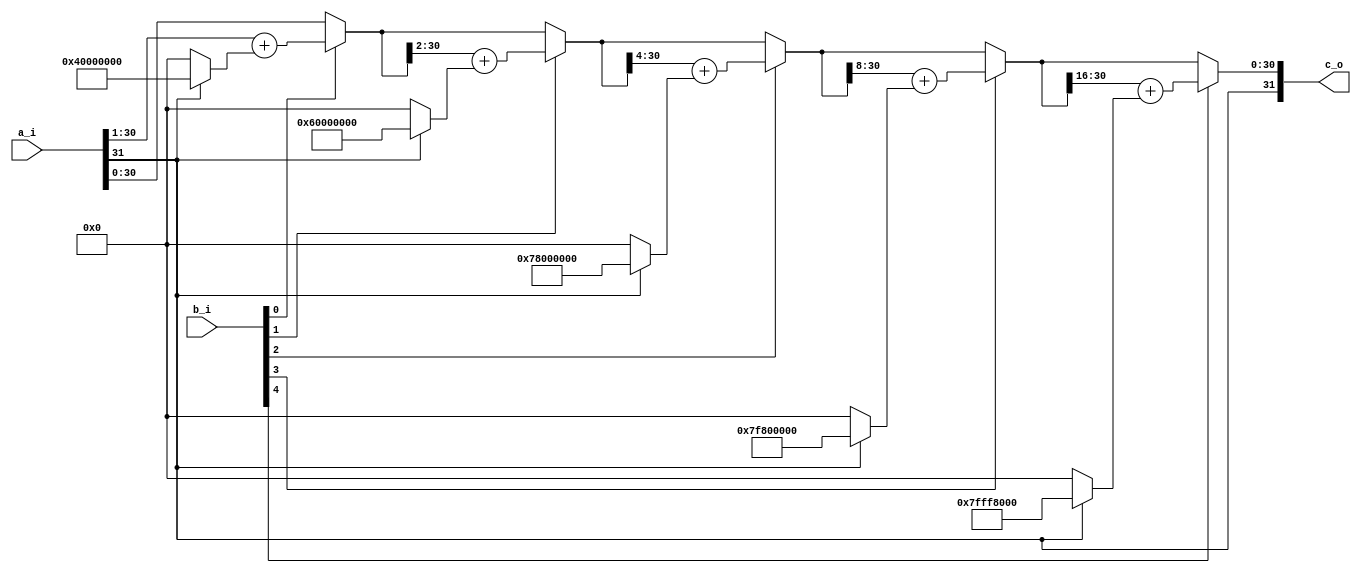
`timescale 1ns / 1ps

module alu_sra(
    input       [31:0]  a_i,
    input       [31:0]  b_i,
    output      [31:0]  c_o
    );

    wire [31:0] c_0;
    wire [31:0] c_1;
    wire [31:0] c_2;
    wire [31:0] c_3;
    wire [31:0] c_4;

    wire [30:0] x_0;
    wire [30:0] x_1;
    wire [30:0] x_2;
    wire [30:0] x_3;
    wire [30:0] x_4;

    wire [30:0] y_0;
    wire [30:0] y_1;
    wire [30:0] y_2;
    wire [30:0] y_3;
    wire [30:0] y_4;

    assign x_0 = a_i[31] ? 31'b100_0000_0000_0000_0000_0000_0000_0000 : 31'b0;
    assign x_1 = a_i[31] ? 31'b110_0000_0000_0000_0000_0000_0000_0000 : 31'b0;
    assign x_2 = a_i[31] ? 31'b111_1000_0000_0000_0000_0000_0000_0000 : 31'b0;
    assign x_3 = a_i[31] ? 31'b111_1111_1000_0000_0000_0000_0000_0000 : 31'b0;
    assign x_4 = a_i[31] ? 31'b111_1111_1111_1111_1000_0000_0000_0000 : 31'b0;

    assign y_0 = (a_i[30:0] >> 32'h0000_0001) + x_0;
    assign y_1 = (c_0[30:0] >> 32'h0000_0002) + x_1;
    assign y_2 = (c_1[30:0] >> 32'h0000_0004) + x_2;
    assign y_3 = (c_2[30:0] >> 32'h0000_0008) + x_3;
    assign y_4 = (c_3[30:0] >> 32'h0000_0010) + x_4;

    assign c_0 = b_i[0] ? {a_i[31], y_0} : a_i;
    assign c_1 = b_i[1] ? {c_0[31], y_1} : c_0;
    assign c_2 = b_i[2] ? {c_1[31], y_2} : c_1;
    assign c_3 = b_i[3] ? {c_2[31], y_3} : c_2;
    assign c_4 = b_i[4] ? {c_3[31], y_4} : c_3;
    assign c_o = c_4;
endmodule